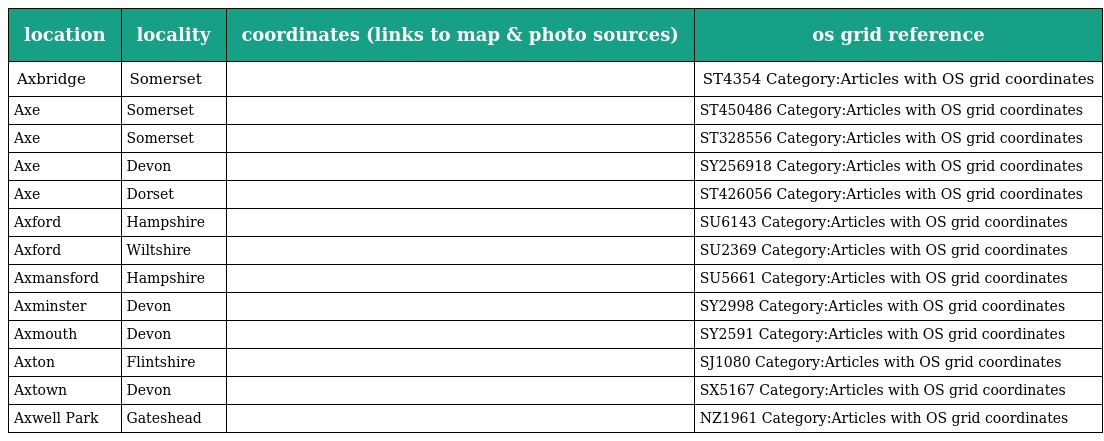
| location | locality | coordinates (links to map & photo sources) | os grid reference |
 | --- | --- | --- | --- |
 | Axbridge | Somerset |  | ST4354 Category:Articles with OS grid coordinates |
 | Axe | Somerset |  | ST450486 Category:Articles with OS grid coordinates |
 | Axe | Somerset |  | ST328556 Category:Articles with OS grid coordinates |
 | Axe | Devon |  | SY256918 Category:Articles with OS grid coordinates |
 | Axe | Dorset |  | ST426056 Category:Articles with OS grid coordinates |
 | Axford | Hampshire |  | SU6143 Category:Articles with OS grid coordinates |
 | Axford | Wiltshire |  | SU2369 Category:Articles with OS grid coordinates |
 | Axmansford | Hampshire |  | SU5661 Category:Articles with OS grid coordinates |
 | Axminster | Devon |  | SY2998 Category:Articles with OS grid coordinates |
 | Axmouth | Devon |  | SY2591 Category:Articles with OS grid coordinates |
 | Axton | Flintshire |  | SJ1080 Category:Articles with OS grid coordinates |
 | Axtown | Devon |  | SX5167 Category:Articles with OS grid coordinates |
 | Axwell Park | Gateshead |  | NZ1961 Category:Articles with OS grid coordinates |